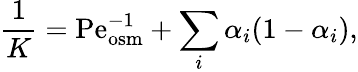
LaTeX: \frac{1}{K}=\mathrm{Pe}_{\mathrm{osm}}^{-1}+\sum_{i}\alpha_{i}(1-\alpha_{i}),